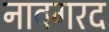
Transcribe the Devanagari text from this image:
नावगरद